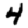
Digit: 4